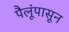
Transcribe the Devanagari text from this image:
पैलूंपासून